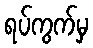
ရပ်ကွက်မှ